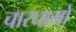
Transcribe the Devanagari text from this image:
चारघामों